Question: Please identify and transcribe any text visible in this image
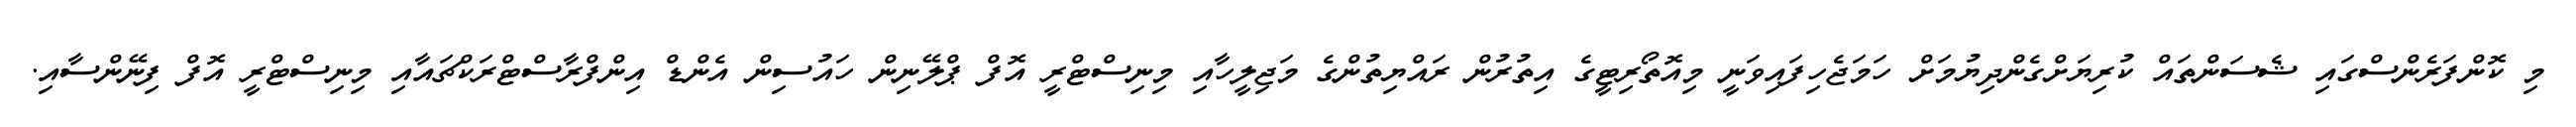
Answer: މި ކޮންފަރެންސްގައި ޝެސަންތައް ކުރިޔަށްގެންދިޔުމަށް ހަމަޖެހިފައިވަނީ މިއޮތޯރިޓީގެ އިތުރުން ރައްޔިތުންގެ މަޖިލީހާއި މިނިސްޓްރީ އޮފް ޕްލޭނިން ހައުސިން އެންޑް އިންފްރާސްޓްރަކްޗައާއި މިނިސްޓްރީ އޮފް ފިނޭންސާއި.